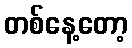
တစ်နေ့တော့